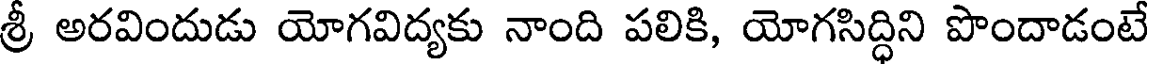
శ్రీ అరవిందుడు యోగవిద్యకు నాంది పలికి, యోగసిద్ధిని పొందాడంటే